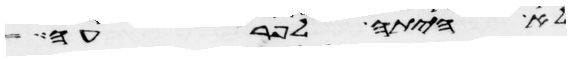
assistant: לא היתה לפרעה